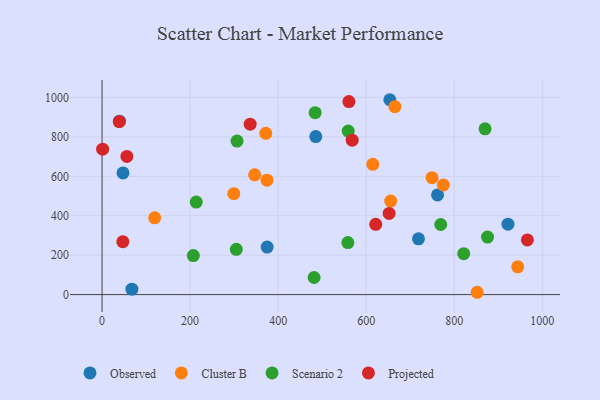
{"axis": {"x": "Experience", "y": "Exam Score"}, "legend": ["Cluster B", "Observed", "Projected", "Scenario 2"], "data": [{"x": "718.7", "y": 283.1, "type": "Observed"}, {"x": "762.0", "y": 505.4, "type": "Observed"}, {"x": "47.6", "y": 617.5, "type": "Observed"}, {"x": "921.9", "y": 357.5, "type": "Observed"}, {"x": "67.8", "y": 27.4, "type": "Observed"}, {"x": "485.4", "y": 801.8, "type": "Observed"}, {"x": "375.0", "y": 241.3, "type": "Observed"}, {"x": "39.7", "y": 879.6, "type": "Observed"}, {"x": "653.6", "y": 988.6, "type": "Observed"}, {"x": "775.2", "y": 556.0, "type": "Cluster B"}, {"x": "944.1", "y": 141.1, "type": "Cluster B"}, {"x": "665.1", "y": 953.5, "type": "Cluster B"}, {"x": "374.6", "y": 580.4, "type": "Cluster B"}, {"x": "614.9", "y": 661.1, "type": "Cluster B"}, {"x": "299.2", "y": 512.0, "type": "Cluster B"}, {"x": "749.5", "y": 593.3, "type": "Cluster B"}, {"x": "655.6", "y": 474.3, "type": "Cluster B"}, {"x": "371.9", "y": 817.9, "type": "Cluster B"}, {"x": "346.6", "y": 607.5, "type": "Cluster B"}, {"x": "852.0", "y": 11.8, "type": "Cluster B"}, {"x": "119.5", "y": 389.6, "type": "Cluster B"}, {"x": "207.3", "y": 197.8, "type": "Scenario 2"}, {"x": "484.0", "y": 922.9, "type": "Scenario 2"}, {"x": "213.9", "y": 469.3, "type": "Scenario 2"}, {"x": "875.5", "y": 291.6, "type": "Scenario 2"}, {"x": "304.9", "y": 229.5, "type": "Scenario 2"}, {"x": "558.3", "y": 264.1, "type": "Scenario 2"}, {"x": "306.6", "y": 778.7, "type": "Scenario 2"}, {"x": "481.6", "y": 86.7, "type": "Scenario 2"}, {"x": "821.4", "y": 207.4, "type": "Scenario 2"}, {"x": "769.2", "y": 355.5, "type": "Scenario 2"}, {"x": "869.9", "y": 840.9, "type": "Scenario 2"}, {"x": "559.1", "y": 829.6, "type": "Scenario 2"}, {"x": "621.6", "y": 356.6, "type": "Projected"}, {"x": "39.0", "y": 878.0, "type": "Projected"}, {"x": "336.4", "y": 864.6, "type": "Projected"}, {"x": "47.2", "y": 268.5, "type": "Projected"}, {"x": "966.0", "y": 277.3, "type": "Projected"}, {"x": "560.7", "y": 979.4, "type": "Projected"}, {"x": "1.3", "y": 737.6, "type": "Projected"}, {"x": "652.0", "y": 412.0, "type": "Projected"}, {"x": "56.4", "y": 700.9, "type": "Projected"}, {"x": "568.1", "y": 783.5, "type": "Projected"}]}